Report of the Indian Hemp Drugs Commission, 1894-1895 - Volume VII
Year: 1894
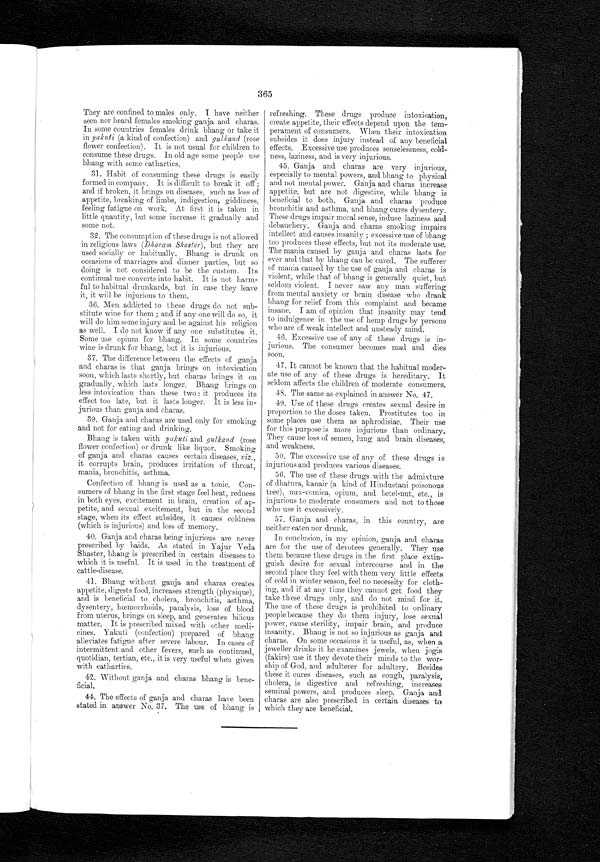
365
They are confined to males only. I have neither
seen nor heard females smoking ganja and charas.
In some countries females drink bhang or take it
in yakuti (a kind of confection) and gulkand (rose
flower confection). It is not usual for children to
consume these drugs. In old age some people use
bhang with some cathartics.
31.Habit of consuming these drugs is easily
formed in company. It is difficult to break it off ;
and if broken, it brings on diseases, such as loss of
appetite, breaking of limbs, indigestion, giddiness,
feeling fatigue on work. At first it is taken in
little quantity, but some increase it gradually and
some not.
32.The consumption of these drugs is not allowed
in religious laws (Dharam Shaster), but they are
used socially or habitually. Bhang is drunk on
occasions of marriages and dinner parties, but so
doing is not considered to be the custom. Its
continual use converts into habit. It is not harm-
ful to habitual drunkards, but in case they leave
it, it will be injurious to them.
36.Men addicted to these drugs do not sub-
stitute wine for them ; and if any one will do so, it
will do him some injury and lie against his religion
as well. I do not know if any one substitutes it.
Some use opium for bhang. In some countries
wine is drunk for bhang, but it is injurious.
37.The difference between the effects of ganja
and charas is that ganja brings on intoxication
soon, which lasts shortly, but charas brings it on
gradually, which lasts longer. Bhang brings on
less intoxication than these two : it produces its
effect too late, but it lasts longer. It is less in-
jurious than ganja and charas.
39.Ganja and charas are used only for smoking
and not for eating and drinking.
Bhang is taken with yakuti and gulkand (rose
flower confection) or drunk like liquor. Smoking
of ganja and charas causes certain diseases, viz.,
it corrupts brain, produces irritation of throat,
mania, bronchitis, asthma.
Confection of bhang is used as a tonic. Con-
sumers of bhang in the first stage feel heat, redness
in both eyes, excitement in brain, creation of ap-
petite, and sexual excitement, but in the second
stage, when its effect subsides, it causes coldness
(which is injurious) and loss of memory.
40.Ganja and charas being injurious are never
prescribed by baids. As stated in Yajur Veda
Shaster, bhang is prescribed in certain diseases to
which it is useful. It is used in the treatment of
cattle-disease.
41. Bhang without ganja and charas creates
appetite, digests food, increases strength (physique),
and is beneficial to cholera, bronchitis, asthma,
dysentery, hœmorrhoids, paralysis, loss of blood
from uterus, brings on sleep, and. generates bilious
matter. It is prescribed mixed with other medi-
cines. Yakuti (confection) prepared of bhang
alleviates fatigue after severe labour. In cases of
intermittent and other fevers, such as continued,
quotidian, tertian, etc., it is very useful when given
with cathartics.
42.Without ganja and charas bhang is
b e n e -
ficial.
44. The effects of ganja and charas have beer
stated in answer No. 37. The use of bhang is
refreshing. These drugs produce intoxication,
create appetite, their effects depend upon the tem-
perament of consumers. When their intoxication
subsides it does injury instead of any beneficial
effects. Excessive use produces senselessness, cold-
ness, laziness, and is very injurious.
45.Ganja and charas are very injurious,
especially to mental powers, and bhang to physical
and not mental power. Ganja and charas increase
appetite, but are not digestive, while bhang is
beneficial to both. Ganja and charas produce
bronchitis and asthma, and bhang cures dysentery.
These drugs impair moral sense, induce laziness and
debauchery. Ganja and charas smoking impairs
intellect and causes insanity ; excessive use of bhang
too produces these effects, but not its moderate use.
The mania caused by ganja and charas lasts for
ever and that by bhang can be cured. The sufferer
of mania caused by the use of ganja and charas is
violent, while that of bhang is generally quiet, but
seldom violent. I never saw any man suffering
from mental anxiety or brain disease who drank
bhang for relief from this complaint and became
insane. I am of opinion that insanity may tend
to indulgence in the use of hemp drugs by persons
who are of weak intellect and unsteady mind.
46.Excessive use of any of these drugs is in-
jurious. The consumer becomes mad and dies
Soon.
47.It cannot be known that the habitual moder-
ate use of any of these drugs is hereditary. It
seldom affects the children of moderate consumers.
48. The same as explained in answer No. 47.
49.Use of these drugs creates sexual desire in
proportion to the doses taken. Prostitutes too in
some places use them as aphrodisiac. Their use
for this purpose is more injurious than ordinary.
They cause loss of semen, lung and brain diseases,
and weakness.
50.The excessive use of any of these drugs is
injurious and produces various diseases.
56.The use of these drugs with the admixture
of dhatura, kanair (a kind of Hindustani poisonous
tree), nux-vomica, opium, and betel-nut, etc., is
injurious to moderate consumers and not to those
who use it excessively.
57.Ganja and charas, in this country, are
neither eaten nor drunk.
In conclusion, in my opinion, ganja and charas
are for the use of devotees generally. They use
them because these drugs in the first place extin-
guish desire for sexual intercourse and in the
second place they feel with them very little effects
of cold in winter season, feel no necessity for cloth-
ing, and if at any time they cannot get food they
take these drugs only, and do not mind for it.
The use of these drugs is prohibited to ordinary
people because they do them injury, lose sexual
power, cause sterility, impair brain, and produce
insanity. Bhang is not so injurious as ganja and
charas. On some occasions it is useful, as, when a
jeweller drinks it he examines jewels, when jogis
(fakirs) use it they devote their minds to the wor-
ship of God, and adulterer for adultery. Besides
these it cures diseases, such as cough, paralysis,
cholera, is digestive and refreshing, increases
seminal powers, and produces sleep Ganja and
charas are also prescribed in certain diseases to
which they are beneficial.